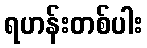
ရဟန်းတစ်ပါး